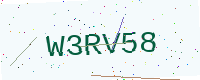
Text: W3RV58